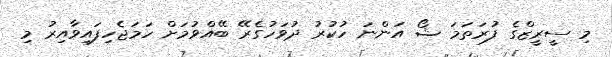
މި ސީރީޒްގެ ފުރަތަމަ ޝޯ އަންނަ ހުކުރު ދުވަހުގެރޭ ބޭއްވުމަށް ހަމަޖެހިފައިވާއިރު މި